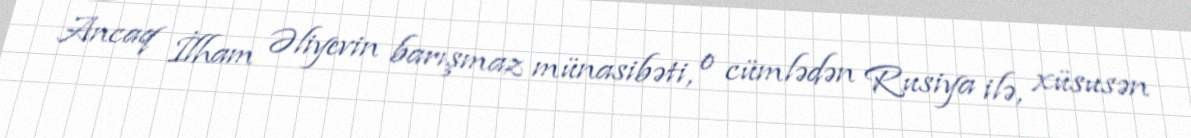
Ancaq İlham Əliyevin barışmaz münasibəti, o cümlədən Rusiya ilə, xüsusən